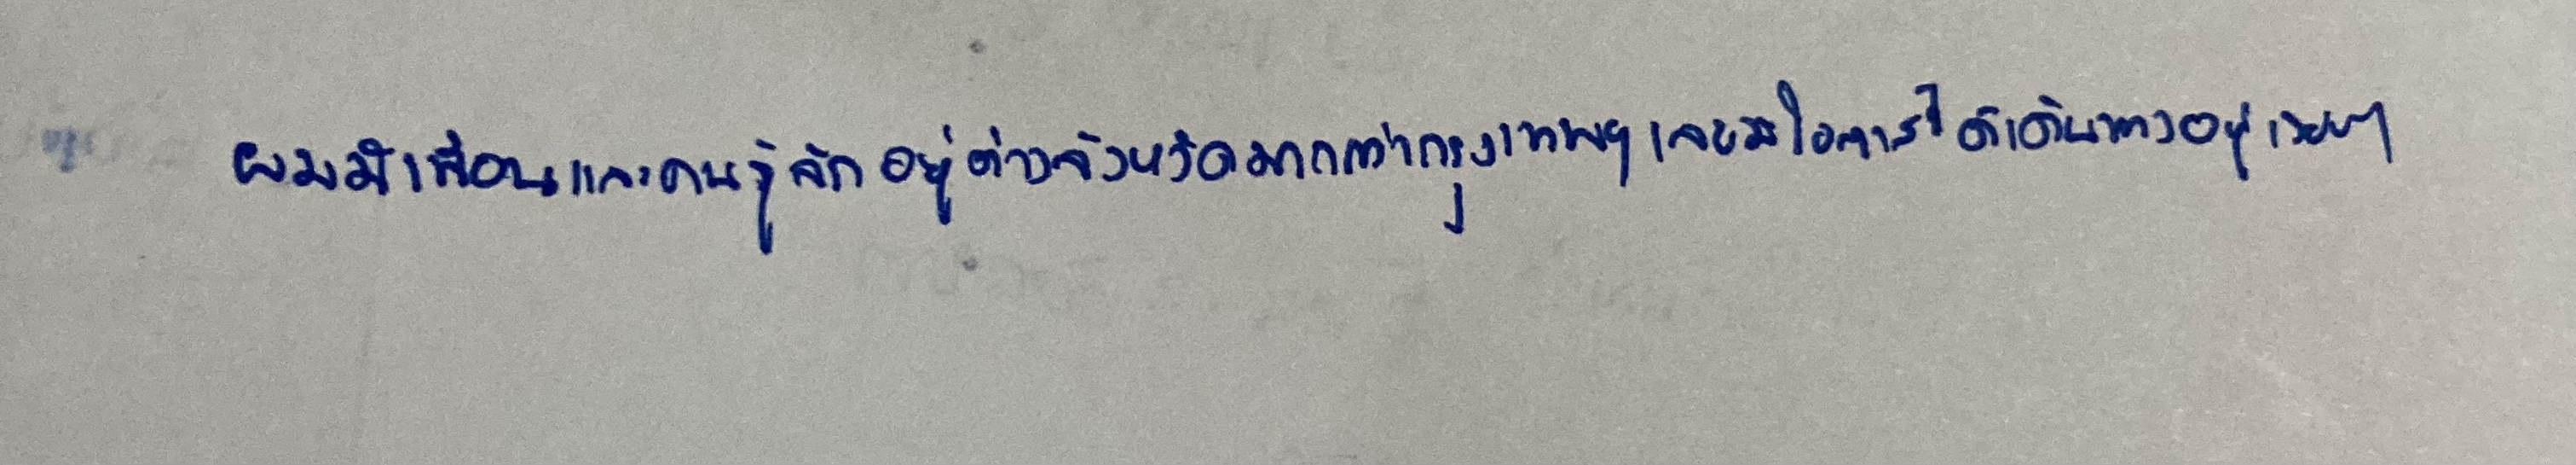
ยิ่งเดือนที่มีเทศกาลเฟสติวัลเขาจะประดับประดาม้าและรถไม่เหมือนใคร"